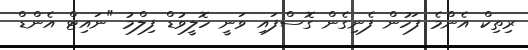
ރިތިކް އެންމެ ފަހުން ފެނިގެން ގޮސްފައި ވަނީ ހޮލީވުޑް ފިލްމު "ނައިޓް އެންޑް